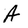
Character: A